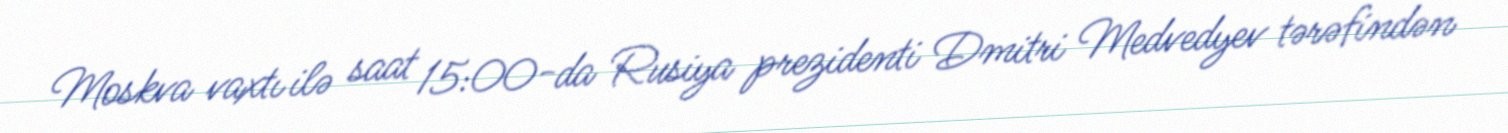
Moskva vaxtı ilə saat 15:00-da Rusiya prezidenti Dmitri Medvedyev tərəfindən